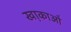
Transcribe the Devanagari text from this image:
खा़काओं